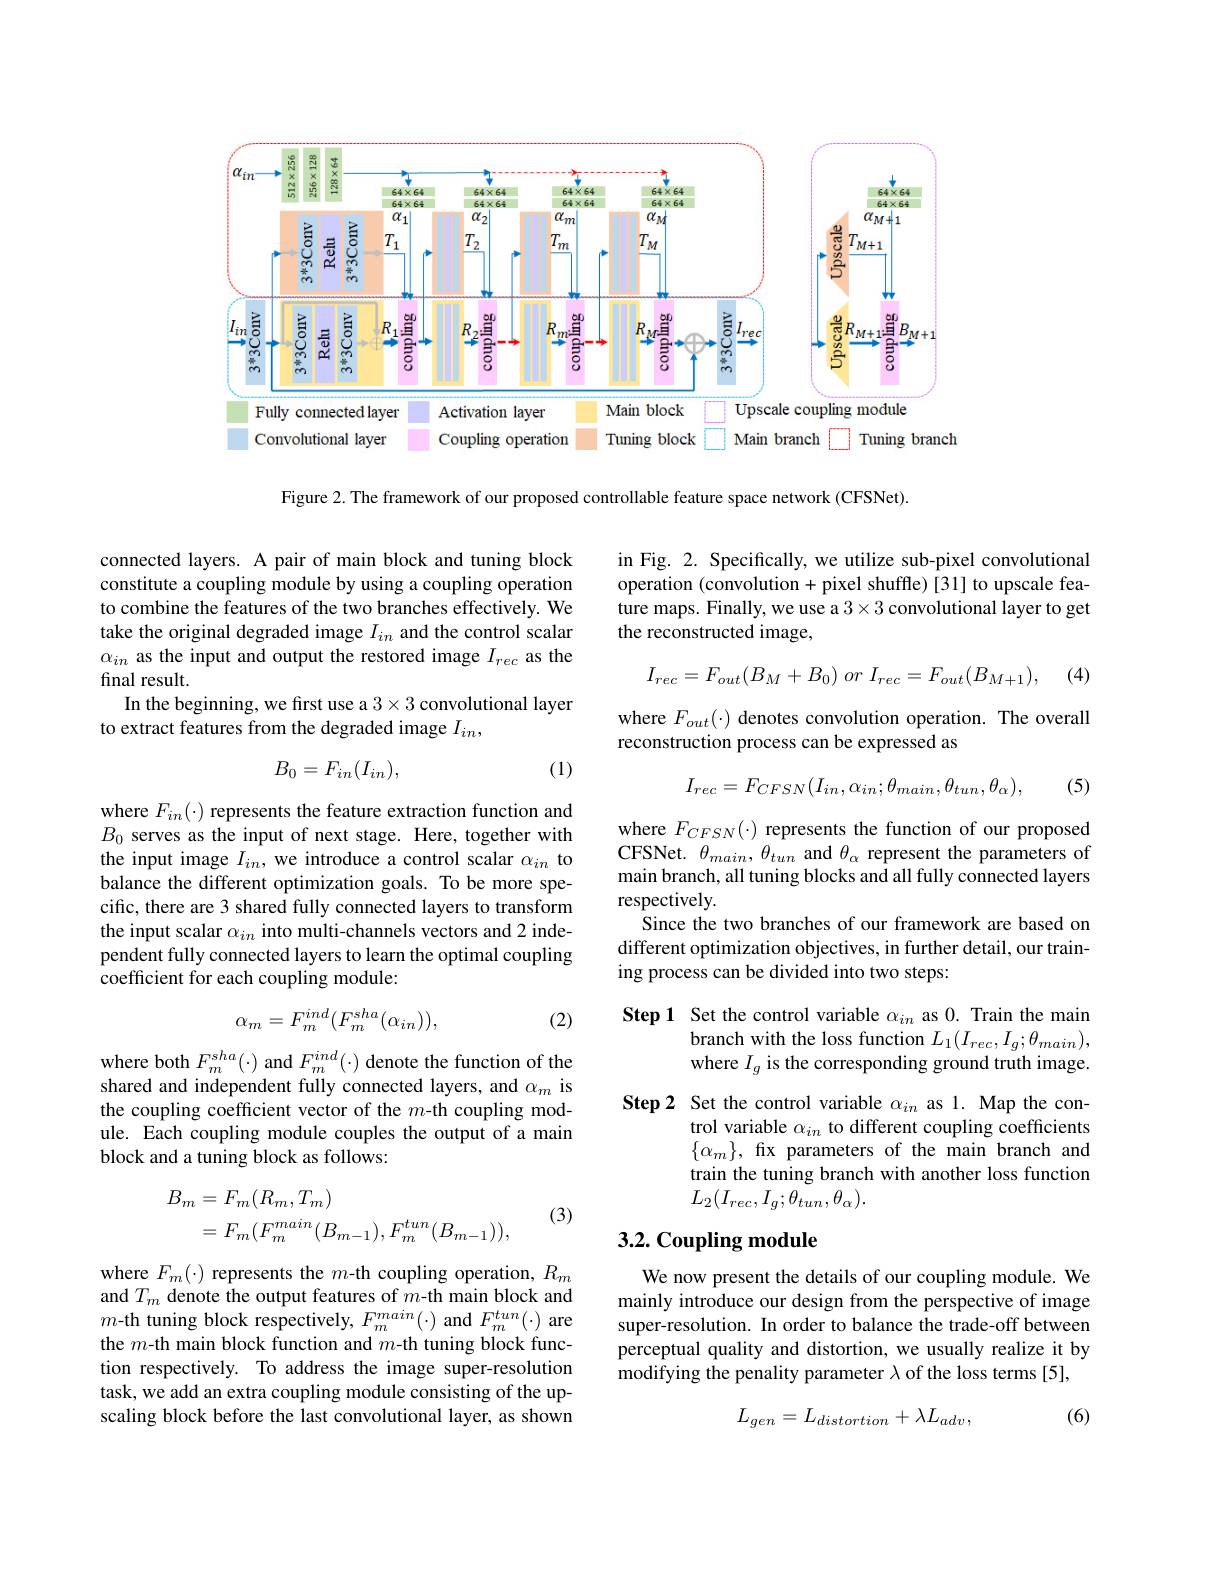
<FigureHere>

Figure 2. The framework of our proposed controllable feature space network (CFSNet).

in Fig. 2. Specifically, we utilize sub-pixel convolutional operation (convolution+pixel shuffle)[31] to upscale feature maps. Finally, we use a $3\times3$ convolutional layer to get the reconstructed image,

connected layers. A pair of main block and tuning block constitute a coupling module by using a coupling operation to combine the features of the two branches effectively. We take the original degraded image $I_{in}$ and the control scalar $\alpha_{in}$ as the input and output the restored image $I_rec$ as the final result.
In the beginning, we first use a $3\times3$ convolutional layer
to extract features from the degraded image $I_in$,
$$I_{rec}=F_{out}(B_M+B_0)\:or\:I_{rec}=F_{out}(B_{M+1}),$$
(4)

where $F_{out}(\cdot)$ denotes convolution operation. The overall
reconstruction process can be expressed as

(1)
$$B_0=F_{in}(I_{in}),$$
$$I_{rec}=F_{CFSN}(I_{in},\alpha_{in};\theta_{main},\theta_{tun},\theta_{\alpha}),$$
(5)

where $F_in(\cdot)$ represents the feature extraction function and $B_0$ serves as the input of next stage. Here, together with the input image $I_in$, we introduce a control scalar $\alpha_{in}$ to balance the different optimization goals. To be more specific, there are 3 shared fully connected layers to transform the input scalar $\alpha_{in}$ into multi-channels vectors and 2 independent fully connected layers to learn the optimal coupling $\dot{\text{coefficient for each coupling module:}}$

$\begin{array}{l}\mathrm{where~}F_{CFSN}(\cdot)\text{ represents the function of our proposed}\\\mathrm{CFSNet.~}\theta_{main},\:\theta_{tun}\mathrm{~and~}\theta_{\alpha}\text{ represent the parameters of}\end{array}$ main branch, all tuning blocks and all fully connected layers respectively.
Since the two branches of our framework are based on different optimization objectives, in further detail, our training process can be divided into two steps:
$$\alpha_m=F_m^{ind}(F_m^{sha}(\alpha_{in})),$$
(2)

Step 1 Set the control variable $\alpha_{in}$ as 0. Train the main
branch with the loss function $L_1(I_{rec},I_g;\theta_{main})$, where $I_g$ is the corresponding ground truth image.

Step2 Set the control variable $\alpha_{in}$ as 1. Map the con-
trol variable $\alpha_{in}$ to different coupling coefficients $\{\alpha_m\}$, fix parameters of the main branch and train the tuning branch with another loss function $L_{2}(I_{rec},I_{g};\theta_{tun},\theta_{\alpha}).$

where both $F_{m}^{sha}(\cdot)$ and $F_{m}^{ind}(\cdot)$ denote the function of the shared and independent fully connected layers, and $\alpha_m$ is the coupling coefficient vector of the $m$-th coupling module. Each coupling module couples the output of a main block and a tuning block as follows:
$$\begin{aligned}B_m&=F_m(R_m,T_m)\\&=F_m(F_m^{main}(B_{m-1}),F_m^{tun}(B_{m-1})),\end{aligned}$$
(3)

# 3.2. Coupling module

We now present the details of our coupling module. We mainly introduce our design from the perspective of image super-resolution. In order to balance the trade-off between perceptual quality and distortion, we usually realize it by modifying the penality parameter $\lambda$ of the loss terms[5],

where $F_m(\cdot)$ represents the $m$-th coupling operation, $R_m$ and $T_m$ denote the output features of $m$-th main block and $m$-th tuning block respectively, $F_m^{main}(\cdot)$ and $F_m^{tun}(\cdot)$ are the $m$-th main block function and $m$-th tuning block function respectively. To address the image super-resolution task, we add an extra coupling module consisting of the upscaling block before the last convolutional layer, as shown

(6)
$$L_{gen}=L_{distortion}+\lambda L_{adv},$$